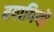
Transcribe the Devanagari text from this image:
बयागियों